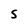
Character: S